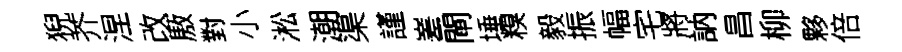
猊芥涅改厫對小淞潮渠謹嵳閘埵糗毅振幅宅將訥昌柳夥倍